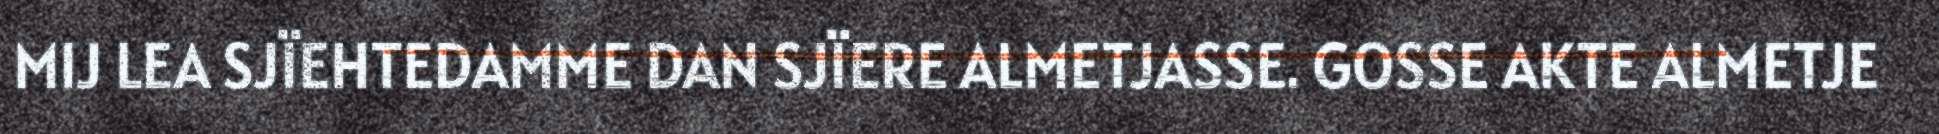
MIJ LEA SJÏEHTEDAMME DAN SJÏERE ALMETJASSE. GOSSE AKTE ALMETJE